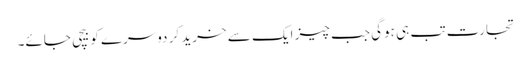
تجارت تب ہی ہوگی جب چیز ایک سے خرید کر دوسرے کو بیچی جائے۔